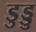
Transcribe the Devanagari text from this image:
डुड्डु